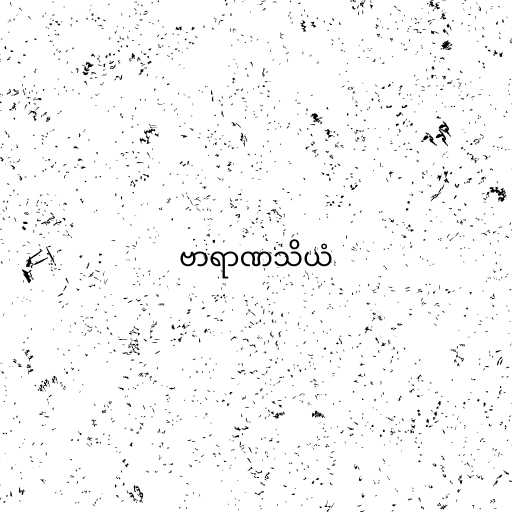
ဗာရာဏသိယံ